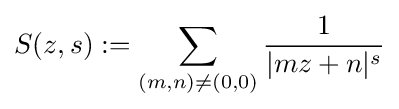
S(z,s):=\sum _{(m,n)\neq (0,0)}{\frac {1}{|mz+n|^{s}}}